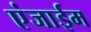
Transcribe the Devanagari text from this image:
एंजाईम